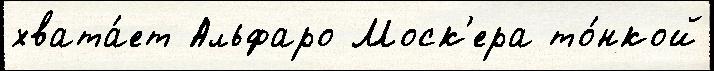
хвата́ет Альфаро Моск'ера то́нкой